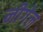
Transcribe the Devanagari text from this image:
नीगेल